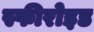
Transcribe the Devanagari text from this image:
स्फीरोइड